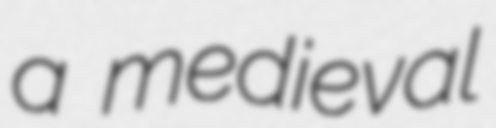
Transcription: a medieval